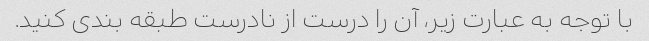
با توجه به عبارت زیر، آن را درست از نادرست طبقه بندی کنید.